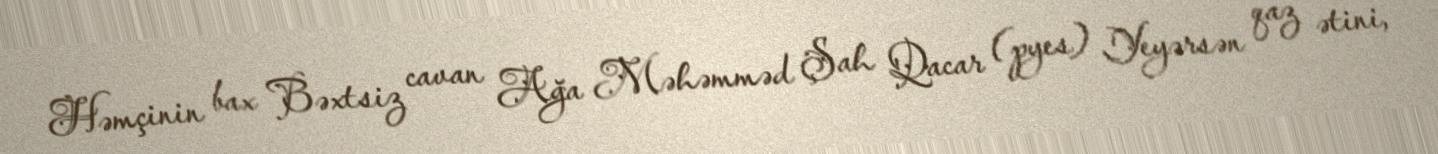
Həmçinin bax Bəxtsiz cavan Ağa Məhəmməd Şah Qacar (pyes) Yeyərsən qaz ətini,